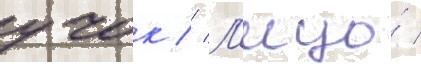
учок // Л'ицо́ /